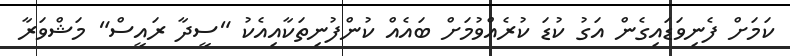
ކަމަށް ފެނިވަޑައިގެން އަގު ކުޑަ ކުރެއްވުމަށް ބައެއް ކުންފުނިތަކާއިއެކު "ސީދާ ރައީސް" މަޝްވަރާ